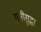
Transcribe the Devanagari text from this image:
गतीसुद्धा